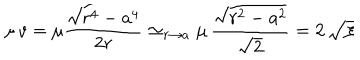
LaTeX: \mu \, v = \mu \frac { \sqrt { r ^ { 4 } - a ^ { 4 } } } { 2 r } \simeq _ { r \to a } \mu \, \frac { \sqrt { r ^ { 2 } - a ^ { 2 } } } { \sqrt { 2 } } = 2 \, \sqrt { \xi }